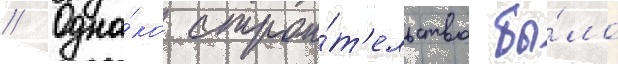
// Одна́ко строи́т'ельство бы́ло